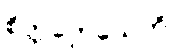
စိတ္တက္လေသေဟိ